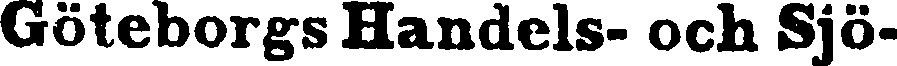
Göteborgs Handels- och Sjö-